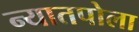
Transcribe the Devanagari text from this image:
न्यातपोला